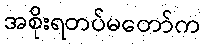
အစိုးရတပ်မတော်က